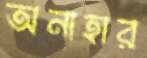
অনাহার